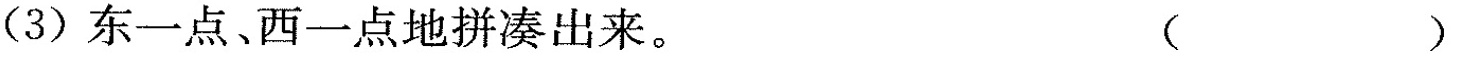
(3) 东一点、西一点地拼凑出来。()